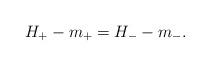
LaTeX: \begin{gather*}H_+ - m_+ = H_- - m_-.\end{gather*}